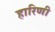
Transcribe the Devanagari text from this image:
हारिणी